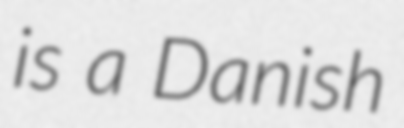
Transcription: is a Danish